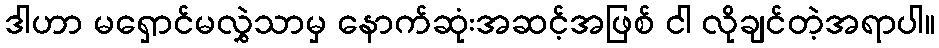
ဒါဟာ မရှောင်မလွှဲသာမှ နောက်ဆုံးအဆင့်အဖြစ် ငါ လိုချင်တဲ့အရာပါ။